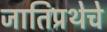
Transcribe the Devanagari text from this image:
जातिप्रथेचे